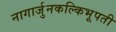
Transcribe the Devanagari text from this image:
नागार्जुनकल्किभूपती